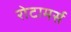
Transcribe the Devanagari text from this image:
रोटामर्स